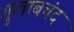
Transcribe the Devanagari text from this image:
गुलाबचंद